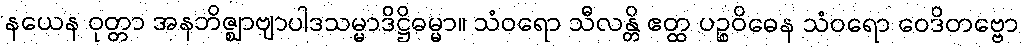
နယေန ဝုတ္တာ အနဘိဇ္ဈာဗျာပါဒသမ္မာဒိဋ္ဌိဓမ္မာ။ သံဝရော သီလန္တိ ဧတ္ထ ပဉ္စဝိဓေန သံဝရော ဝေဒိတဗ္ဗော